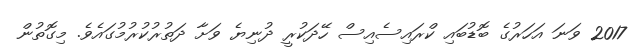
2017 ވަނަ އަހަރުގެ ބޮޑުބައި ކްރައިސެއިސް ހޭދަކުރީ ދުނިޔެ ވަށާ ދަތުރުކުރުމުގައެވެ. މިގޮތުން